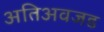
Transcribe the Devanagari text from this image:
अतिअवजड